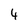
Character: 4